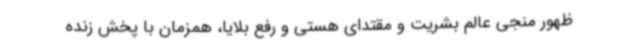
ظهور منجی عالم بشریت و مقتدای هستی و رفع بلایا، همزمان با پخش زنده